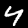
Digit: 4